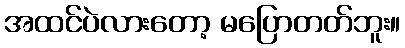
အထင်ပဲလားတော့ မပြောတတ်ဘူး။